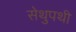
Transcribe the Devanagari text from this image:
सेथुपथी